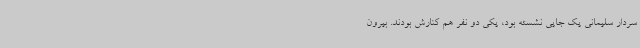
سردار سلیمانی یک جایی نشسته بود، یکی دو نفر هم کنارش بودند. بیرون